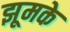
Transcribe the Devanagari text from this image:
झूमके